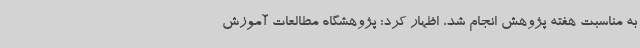
به مناسبت هفته پژوهش انجام شد، اظهار کرد: پژوهشگاه مطالعات آموزش‌